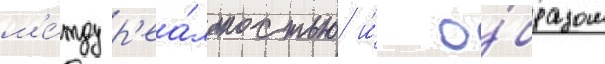
м'е́жду р'еа́льностью и́ о́бразом